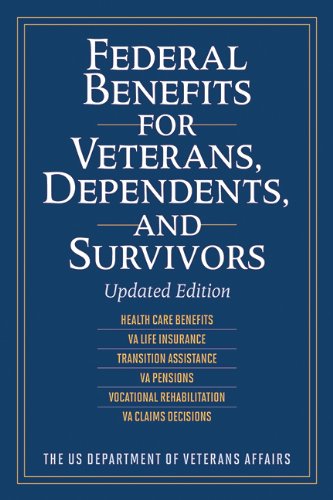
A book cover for Federal Benefits for Veterans, Dependents, and Survivors: Updated Edition; The US Department of Veterans Affairs; Reference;